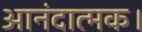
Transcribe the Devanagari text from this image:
आनंदात्मक।